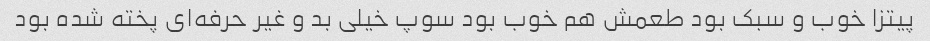
پیتزا خوب و سبک بود طعمش هم خوب بود سوپ خیلی بد و غیر حرفه‌ای پخته شده بود